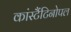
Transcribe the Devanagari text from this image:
कांस्टैंटिनोपल